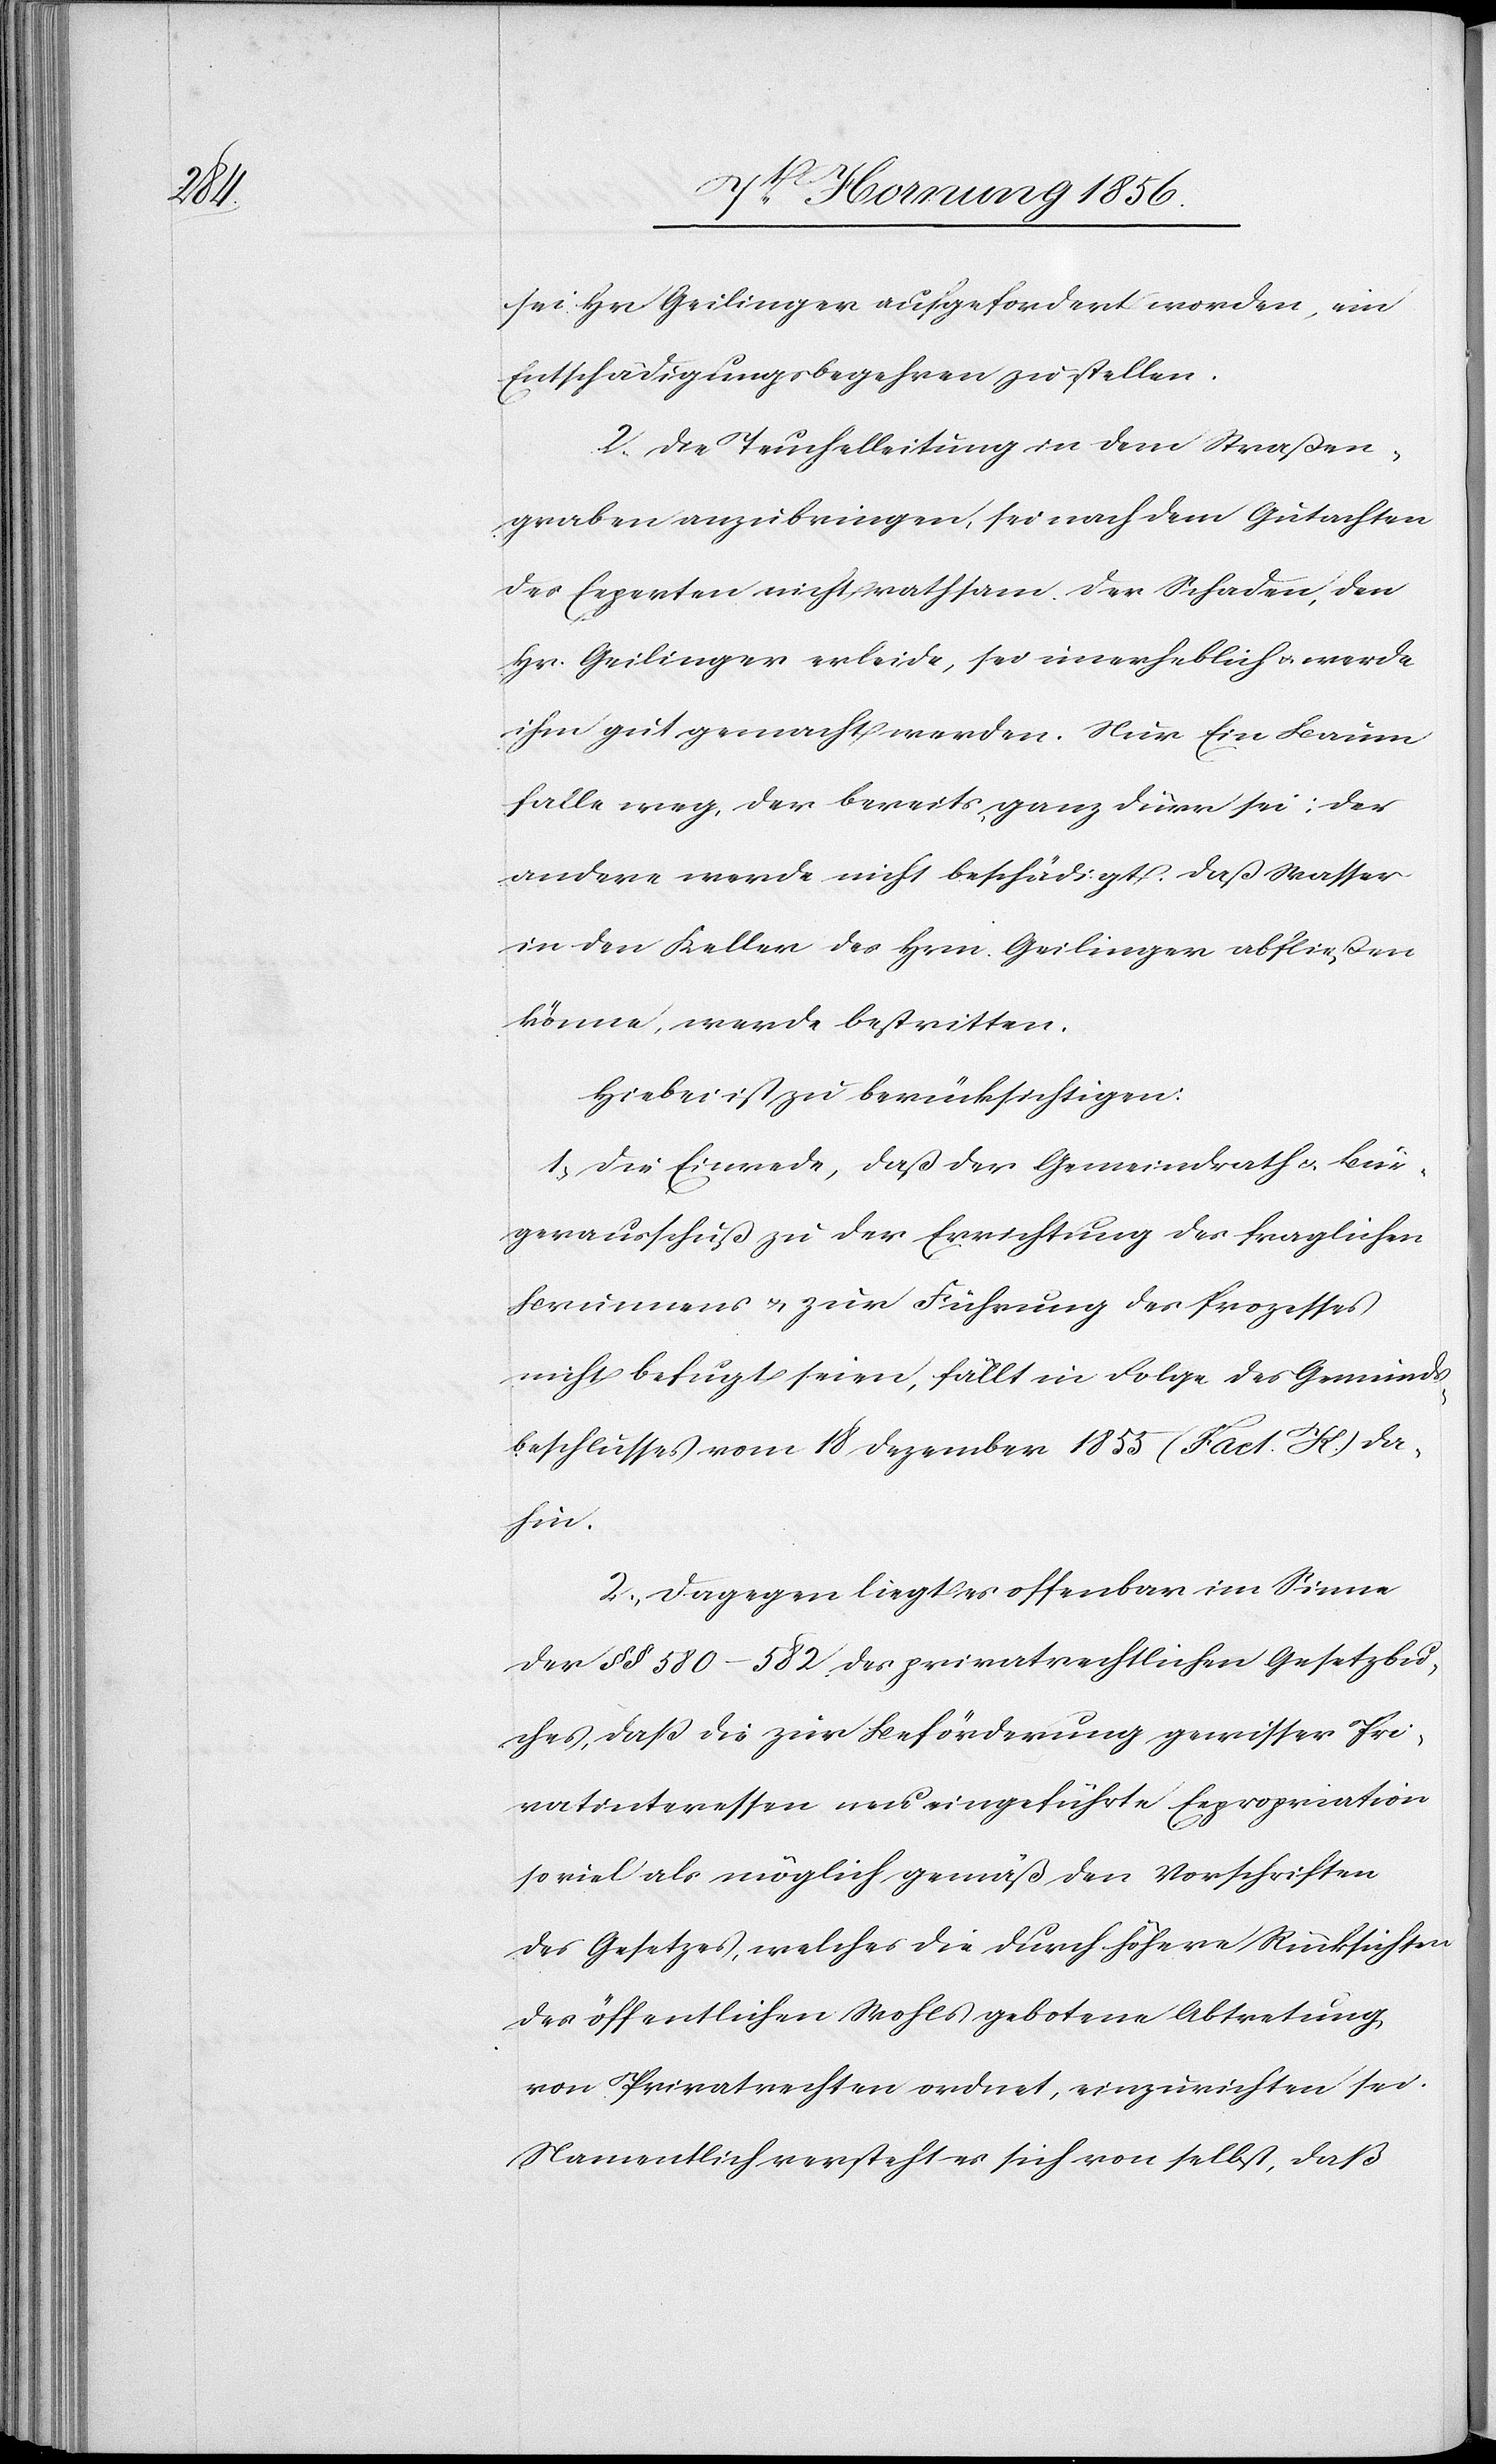
sei Hr. Geilinger aufgefordert worden, ein
Entschädigungsbegehren zu stellen.
2. Die Teuchelleitung in dem Straßen¬
graben anzubringen, sei nach dem Gutachten
der Experten nicht rathsam. Der Schaden, den
Hr. Geilinger erleide, sei unerheblich u. werde
ihm gut gemacht werden. Nur Ein Baum
falle weg, der bereits ganz dürr sei; der
andere werde nicht beschädigt. Daß Wasser
in den Keller des Hrn. Geilinger abfließen
könne, werde bestritten.
Hiebei ist zu berücksichtigen:
1., Die Einrede, daß der Gemeindrath u. Bür¬
gerausschuß zu der Errichtung des fraglichen
Brunnens u. zur Führung des Prozesses
nicht befugt seien, fällt in Folge des Gemeinds¬
beschlusses vom 18 Dezember 1855 (Fact. H.) da¬
hin.
2., Dagegen liegt es offenbar im Sinne
der §§ 580–582 des privatrechtlichen Gesetzbu¬
ches, daß die zur Beförderung gewisser Pri¬
vatinteressen neu eingeführte Expropriation
so viel als möglich gemäß den Vorschriften
des Gesetzes, welches die durch höhere Rücksichten
des öffentlichen Wohles gebotene Abtretung
von Privatrechten ordnet, einzurichten sei.
Namentlich versteht es sich von selbst, daß